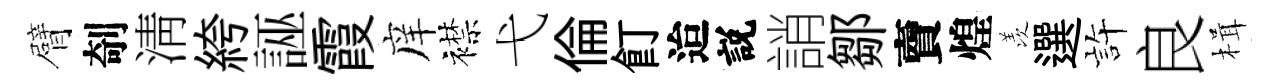
臂剞淸絝誣霞庠襟弋倫飣迨説誚鄒𧶠煌羡選静良楫